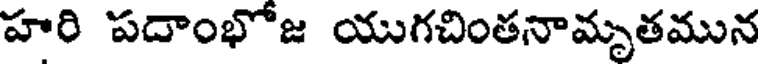
హరి పదాంభోజ యుగచింతనామృతమున